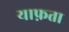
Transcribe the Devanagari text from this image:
याफ़ता